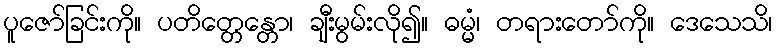
ပူဇော်ခြင်းကို။ ပတိတ္တေန္တော၊ ချီးမွမ်းလို၍။ ဓမ္မံ၊ တရားတော်ကို။ ဒေသေသိ၊